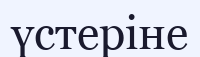
үстеріне